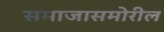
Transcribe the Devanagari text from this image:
समाजासमोरील